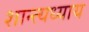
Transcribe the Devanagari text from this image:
शान्त्यध्याय